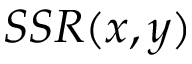
S S R ( x , y )